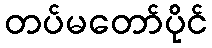
တပ်မတော်ပိုင်